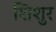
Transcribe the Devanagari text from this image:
शिशुर